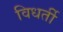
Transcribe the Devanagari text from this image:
विधर्ती